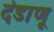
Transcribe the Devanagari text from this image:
दंडाणू